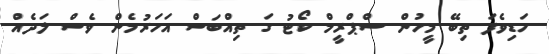
ހަޑިވެފަ ތިބޭ މީހުން ސްޕްރީމް ކޯޓު ގަ ތިއްބަސް އަހަރުމެން ވެސް ލަދެއް